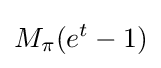
M_{\pi }(e^{t}-1)